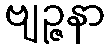
ဗျဉ္ဇနာ